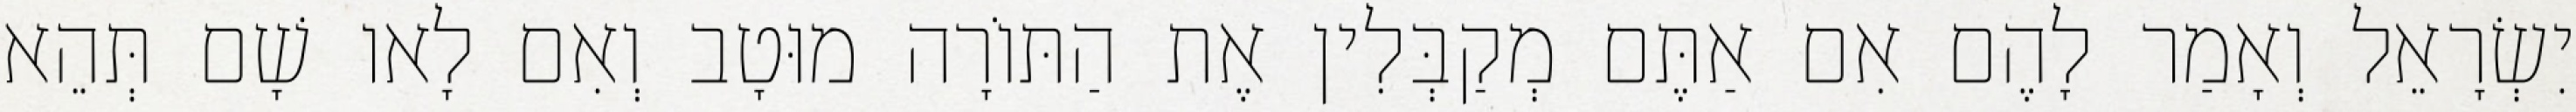
יִשְׂרָאֵל וְאָמַר לָהֶם אִם אַתֶּם מְקַבְּלִין אֶת הַתּוֹרָה מוּטָב וְאִם לָאו שָׁם תְּהֵא